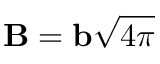
{ \mathbf { B } } = { \mathbf { b } } \sqrt { 4 \pi }